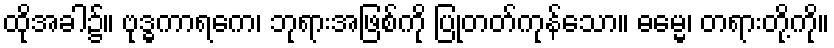
ထိုအခါ၌။ ဗုဒ္ဓကာရကေ၊ ဘုရားအဖြစ်ကို ပြုတတ်ကုန်သော။ ဓမ္မေ၊ တရားတို့ကို။